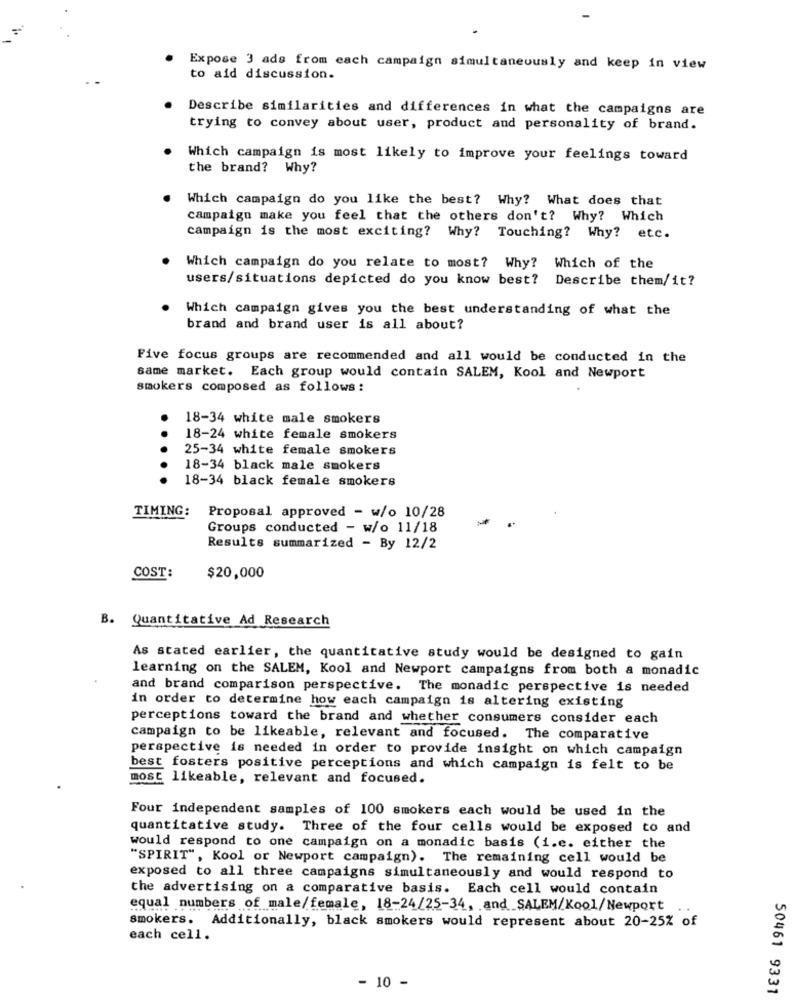
Expose 3 ads from each campaign simultaneously and keep in view
to aid discussion.
Describe similarities and differences in what the campaigns are
trying to convey about user, product and personality of brand.
Which campaign is most likely to improve your feelings toward
the brand?
Why ?
Which campaign do you like the best? Why? What does that
campaign make you feel that the others don't? Why? Which
campaign is the most exciting? Why? Touching? Why? etc.
Which campaign do you relate to most? Why? Which of the
users/situations depicted do you know best? Describe them/it?
Which campaign gives you the best understanding of what the
brand and brand user is all about?
Five focus groups are recommended and all would be conducted in the
same market. Each group would contain SALEM, Kool and Newport
smokers composed as follows:
18-34 white male smokers
18-24 white female smokers
..
25-34 white female smokers
18-34 black male smokers
18-34 black female smokers
TIMING:
Proposal approved - w/o 10/28
Groups conducted - w/o 11/18
Results summarized - By 12/2
COST:
$20,000
B. Quantitative Ad Research
As stated earlier, the quantitative study would be designed to gain
learning on the SALEM, Kool and Newport campaigns from both a monadic
and brand comparison perspective. The monadic perspective is needed
in order to determine how each campaign is altering existing
perceptions toward the brand and whether consumers consider each
campaign to be likeable, relevant and focused. The comparative
perspective is needed in order to provide insight on which campaign
best fosters positive perceptions and which campaign is felt to be
most likeable, relevant and focused.
Four independent samples of 100 smokers each would be used in the
quantitative study. Three of the four cells would be exposed to and
would respond to one campaign on a monadic basis (i.e. either the
"SPIRIT", Kool or Newport campaign). The remaining cell would be
exposed to all three campaigns simultaneously and would respond to
the advertising on a comparative basis. Each cell would contain
equal numbers of male/female, 18-24/25-34, and SALEM/Kool/Newport
smokers. Additionally, black smokers would represent about 20-25% of
each cell.
- 10 -
50461 9331